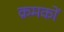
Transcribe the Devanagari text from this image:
क्रमकों